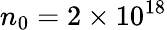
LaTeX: n_{0}=2\times\mathrm{10^{18}}